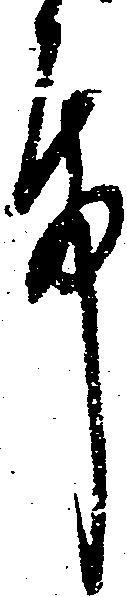
殿